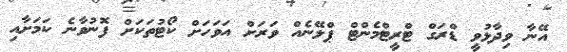
އޭނާ ވިދާޅުވީ ޑްރަގް ޓްރީޓްމެންޓް ޕްލޭނެއް ވަރަށް އަވަހަށް ކޯޓުތަކަށް ފޮނުވާނެ ކަމަށާއި